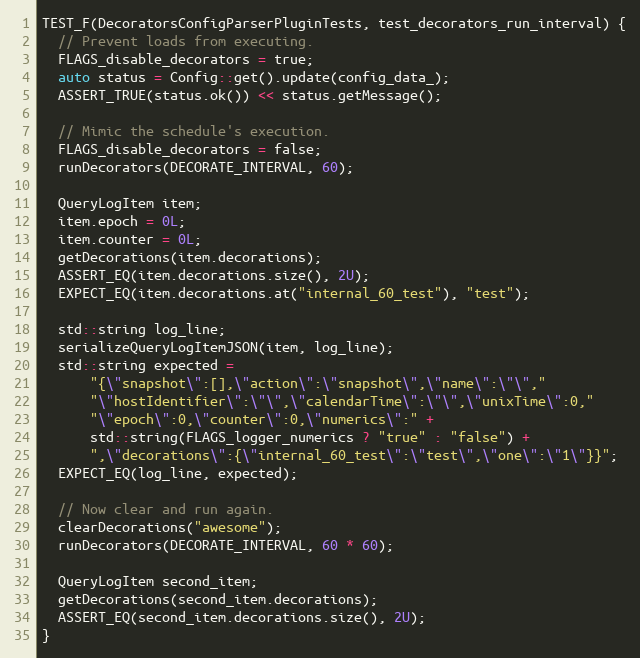
Language: C++
TEST_F(DecoratorsConfigParserPluginTests, test_decorators_run_interval) {
  // Prevent loads from executing.
  FLAGS_disable_decorators = true;
  auto status = Config::get().update(config_data_);
  ASSERT_TRUE(status.ok()) << status.getMessage();

  // Mimic the schedule's execution.
  FLAGS_disable_decorators = false;
  runDecorators(DECORATE_INTERVAL, 60);

  QueryLogItem item;
  item.epoch = 0L;
  item.counter = 0L;
  getDecorations(item.decorations);
  ASSERT_EQ(item.decorations.size(), 2U);
  EXPECT_EQ(item.decorations.at("internal_60_test"), "test");

  std::string log_line;
  serializeQueryLogItemJSON(item, log_line);
  std::string expected =
      "{\"snapshot\":[],\"action\":\"snapshot\",\"name\":\"\","
      "\"hostIdentifier\":\"\",\"calendarTime\":\"\",\"unixTime\":0,"
      "\"epoch\":0,\"counter\":0,\"numerics\":" +
      std::string(FLAGS_logger_numerics ? "true" : "false") +
      ",\"decorations\":{\"internal_60_test\":\"test\",\"one\":\"1\"}}";
  EXPECT_EQ(log_line, expected);

  // Now clear and run again.
  clearDecorations("awesome");
  runDecorators(DECORATE_INTERVAL, 60 * 60);

  QueryLogItem second_item;
  getDecorations(second_item.decorations);
  ASSERT_EQ(second_item.decorations.size(), 2U);
}